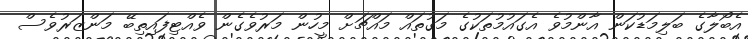
އެބޯލާގެ ބަލިމަޑުކަން އާންމުވެ އެގައުމުތަކުގެ މަގުތައް މައްޗަށް މީހުން މަރުވެގެން ވެއްޓިފައިތިބޭ މަންޒަރުވެސް